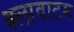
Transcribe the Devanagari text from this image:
क्लावाटम